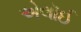
એલૉઈ